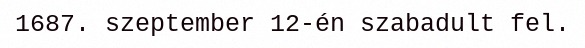
1687. szeptember 12-én szabadult fel.